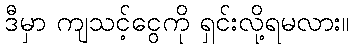
ဒီမှာ ကျသင့်ငွေကို ရှင်းလို့ရမလား။